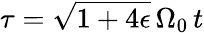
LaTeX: \tau=\sqrt{1+4\epsilon}\, \Omega_{0}\, t